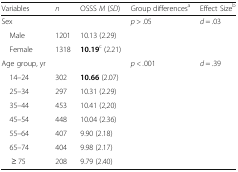
<table><thead><tr><td><b>Variables</b></td><td><b><i>n</i></b></td><td><b>OSSS <i>M</i> (<i>SD</i>)</b></td><td><b>Group differences<sup>a</sup></b></td><td><b>Effect Size<sup>b</sup></b></td></tr></thead><tbody><tr><td>Sex</td><td></td><td></td><td><i>p</i> &gt; .05</td><td><i>d</i> = .03</td></tr><tr><td> Male</td><td>1201</td><td>10.13 (2.29)</td><td></td><td></td></tr><tr><td> Female</td><td>1318</td><td><b>10.19</b><sup>c</sup> (2.21)</td><td></td><td></td></tr><tr><td>Age group, yr</td><td></td><td></td><td><i>p &lt; .</i>001</td><td><i>d</i> = .39</td></tr><tr><td> 14–24</td><td>302</td><td><b>10.66</b> (2.07)</td><td></td><td></td></tr><tr><td> 25–34</td><td>297</td><td>10.31 (2.29)</td><td></td><td></td></tr><tr><td> 35–44</td><td>453</td><td>10.41 (2,20)</td><td></td><td></td></tr><tr><td> 45–54</td><td>448</td><td>10.04 (2.36)</td><td></td><td></td></tr><tr><td> 55–64</td><td>407</td><td>9.90 (2.18)</td><td></td><td></td></tr><tr><td> 65–74</td><td>404</td><td>9.98 (2.17)</td><td></td><td></td></tr><tr><td>≥ 75</td><td>208</td><td>9.79 (2.40)</td><td></td><td></td></tr></tbody></table>